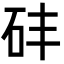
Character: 䂜